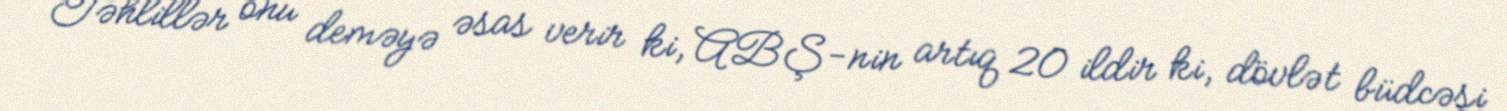
Təhlillər onu deməyə əsas verir ki, ABŞ-nin artıq 20 ildir ki, dövlət büdcəsi